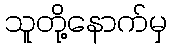
သူတို့နောက်မှ